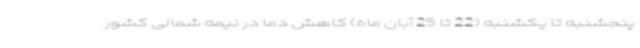
پنجشنبه تا یکشنبه (22 تا 25 آبان ماه) کاهش دما در نیمه شمالی کشور